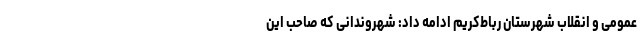
عمومی و انقلاب شهرستان رباط‌کریم ادامه داد: شهروندانی که صاحب این